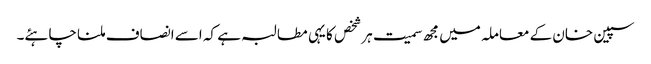
سپین خان کے معاملہ میں مجھ سمیت ہرشخص کا یہی مطالبہ ہے کہ اسے انصاف ملنا چاہئے۔